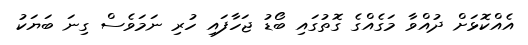
އެއްކޮޅަށް ދުއްވާ މަގެއްގެ ގޮތުގައި ބޯޑު ޖަހާފައި ހުރި ނަމަވެސް ގިނަ ބަޔަކު